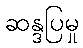
ဆန္ဒပြမှု